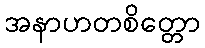
အနာဟတစိတ္တော